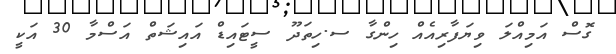
ގޮސް އަމިއްލަ ވިޔަފާރިއެއް ހިންގާ ސ.ހިތަދޫ ސީޓައިޑް އައިޝަތް އަސްމާ 30 އަކީ